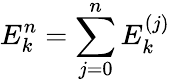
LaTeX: E_{k}^{n}=\sum_{j=0}^{n}E_{k}^{(j)}